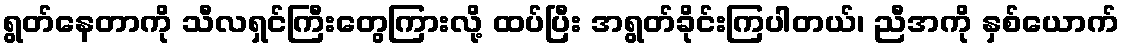
ရွတ်နေတာကို သီလရှင်ကြီးတွေကြားလို့ ထပ်ပြီး အရွတ်ခိုင်းကြပါတယ်၊ ညီအကို နှစ်ယောက်